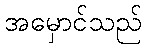
အမှောင်သည်